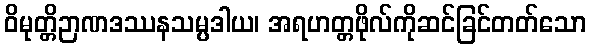
ဝိမုတ္တိဉာဏဒဿနသမ္ပဒါယ၊ အရဟတ္တဖိုလ်ကိုဆင်ခြင်တတ်သော